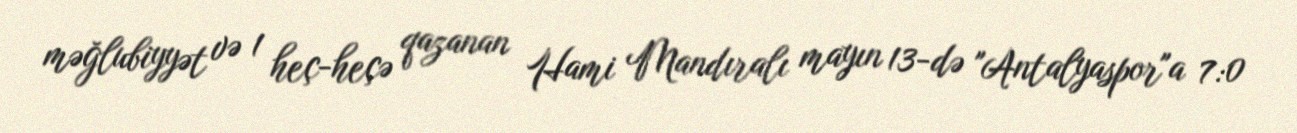
məğlubiyyət və 1 heç-heçə qazanan Hami Mandıralı mayın 13-də "Antalyaspor"a 7:0